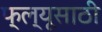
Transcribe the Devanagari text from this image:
फ्ल्यूसाठी